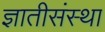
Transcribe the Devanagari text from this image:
ज्ञातीसंस्था